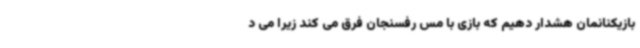
بازیکنانمان هشدار دهیم که بازی با مس رفسنجان فرق می کند زیرا می د